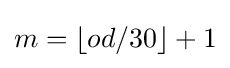
m=\left\lfloor od/30\right\rfloor +1